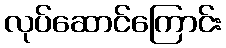
လုပ်ဆောင်ကြောင်း